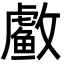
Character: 䲣